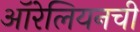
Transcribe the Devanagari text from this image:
ऑरेलियनची